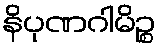
နိပုဏဂါမိဉ္စ